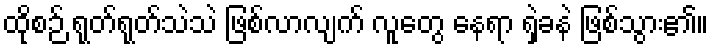
ထိုစဉ် ရုတ်ရုတ်သဲသဲ ဖြစ်လာလျက် လူတွေ နေရာ ရှဲခနဲ ဖြစ်သွား၏။